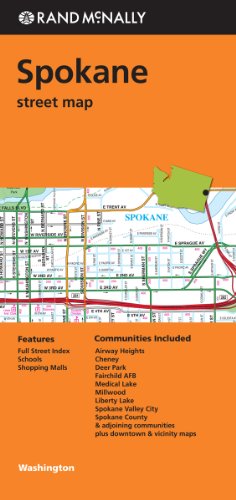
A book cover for Spokane Washington; Travel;